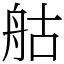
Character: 䑩